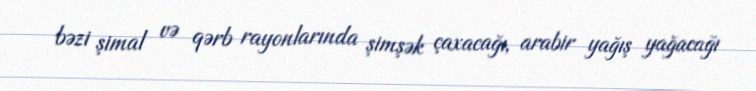
bəzi şimal və qərb rayonlarında şimşək çaxacağı, arabir yağış yağacağı